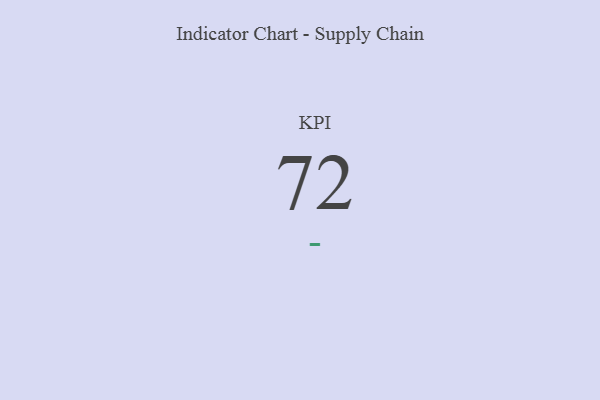
{"axis": {"x": "KPI", "y": "Value"}, "legend": [""], "data": [{"x": "KPI", "y": 72, "type": ""}]}